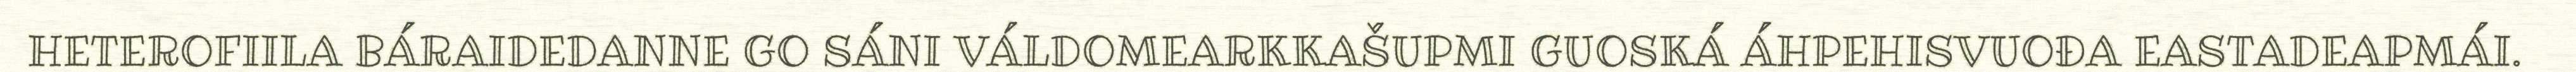
HETEROFIILA BÁRAIDEDANNE GO SÁNI VÁLDOMEARKKAŠUPMI GUOSKÁ ÁHPEHISVUOĐA EASTADEAPMÁI.